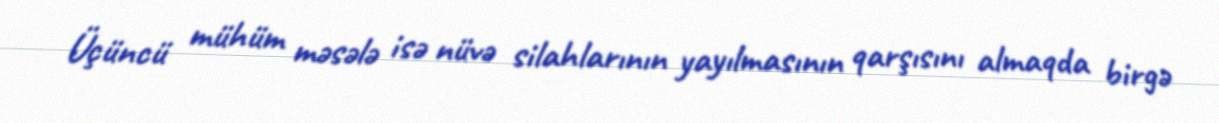
Üçüncü mühüm məsələ isə nüvə silahlarının yayılmasının qarşısını almaqda birgə